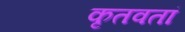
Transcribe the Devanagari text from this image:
कृतवतां